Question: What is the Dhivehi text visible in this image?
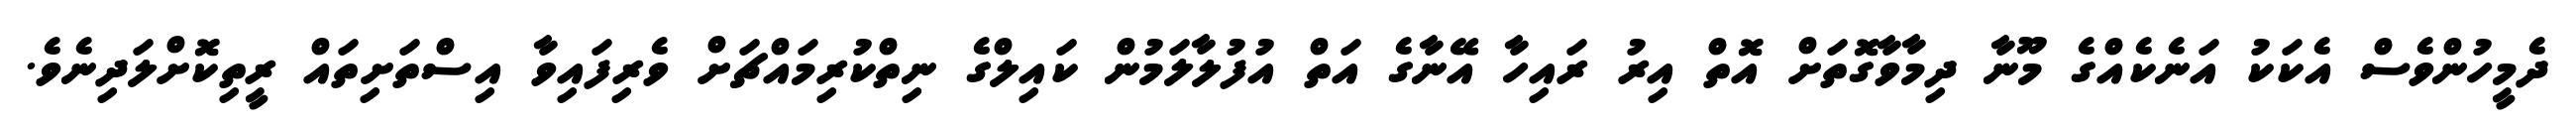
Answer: ދެމީހުންވެސް އެކަކު އަނެކެއްގެ މޫނާ ދިމާވާގޮތަށް އޮތް އިރު ރައިހާ އޭނާގެ އަތް އުފުލާލަމުން ކައިލްގެ ނިތްކުރިމައްޗަށް ވެރިފައިވާ އިސްތަށިތައް ރީތިކޮށްލަދިނެވެ.